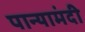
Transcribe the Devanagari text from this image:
पान्यामंदी